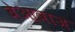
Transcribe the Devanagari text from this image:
बेआवाज